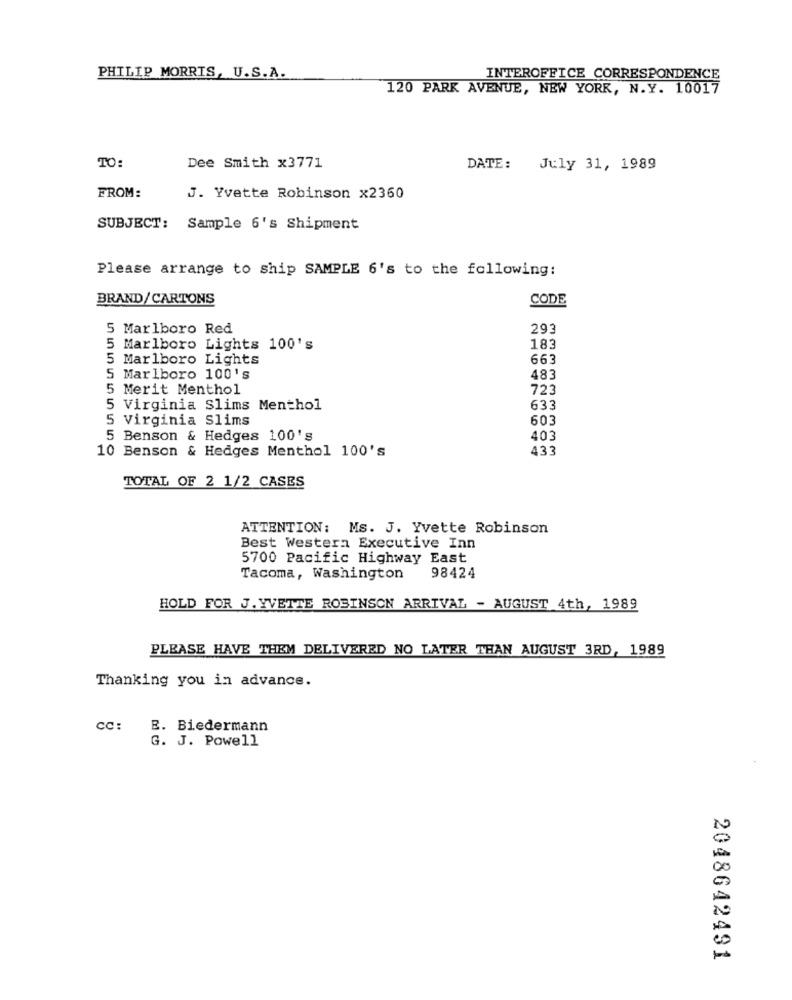
PHILIP MORRIS, U.S.A.
INTEROFFICE CORRESPONDENCE
120 PARK AVENUE, NEW YORK, N.Y. 10017
TO:
Dee Smith x3771
DATE: July 31, 1989
FROM:
J. Yvette Robinson x2360
SUBJECT:
Sample 6's Shipment
Please arrange to ship SAMPLE 6's to the following:
BRAND/CARTONS
CODE
5 Marlboro Red
293
5 Marlboro Lights 100's
183
5 Marlboro Lights
663
5 Marlboro 100's
483
5 Merit Menthol
723
5 Virginia Slims Menthol
633
Virginia Slims
603
5 Benson & Hedges 100's
403
433
10 Benson & Hedges Menthol 100's
TOTAL OF 2 1/2 CASES
ATTENTION: Ms. J. Yvette Robinson
Best Western Executive Inn
5700 Pacific Highway East
Tacoma, Washington
98424
HOLD FOR J. YVETTE ROBINSON ARRIVAL - AUGUST 4th, 1989
PLEASE HAVE THEM DELIVERED NO LATER THAN AUGUST 3RD, 1989
Thanking you in advance.
cc:
E. Biedermann
G. J. Powell
2048642491